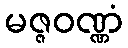
မဇ္ဇဝဏ္ဏံ